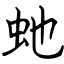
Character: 虵